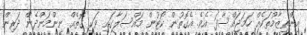
އިންތިޒާމުތަކެއް ހަމަޖައްސާފަ އެވެ. އެގޮތުން ކޯޓުން މައްސަލާގައި ވަކި ގޮތެއް ނިންމަންދެން ދަރިން